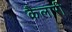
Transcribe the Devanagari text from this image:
कैलारी